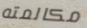
مكالمته